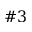
\# 3